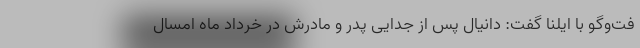
فت‌وگو با ایلنا گفت: دانیال پس از جدایی پدر و مادرش در خرداد ماه امسال